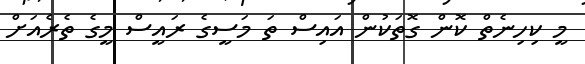
މީ ކިހިނެތް ކޮން ގޮތަކުން އައިސް ތަ މަސީގެ ރައީސް މީގެ ތެރެއަށް